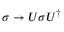
\sigma \rightarrow U \sigma U ^ { \dag }